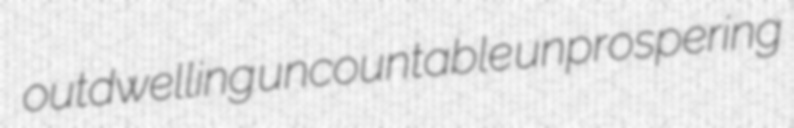
outdwelling uncountable unprospering